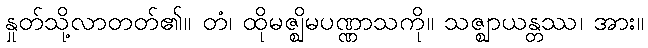
နှုတ်သို့လာတတ်၏။ တံ၊ ထိုမဇ္ဈိမပဏ္ဏာသကို။ သဇ္ဈာယန္တဿ၊ အား။